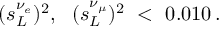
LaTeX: ( s _ { L } ^ { \nu _ { e } } ) ^ { 2 } , \ \ ( s _ { L } ^ { \nu _ { \mu } } ) ^ { 2 } \ < \ 0 . 0 1 0 \, .